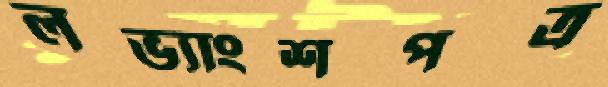
লভ্যাংশপত্র